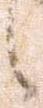
之